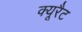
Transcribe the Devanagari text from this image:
क्यूरैट